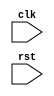
module for_loop_example (
    input wire clk,
    input wire rst
);

reg [3:0] i;

always @ (posedge clk or posedge rst) begin
    if (rst) begin
        i <= 0;
    end else begin
        for (i = 0; i < 10; i = i + 1) begin
            // Block of code to be executed
            // This could be your sequential circuit or algorithm implementation
        end
    end
end

endmodule